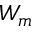
W _ { m }